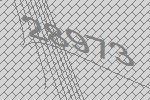
28973